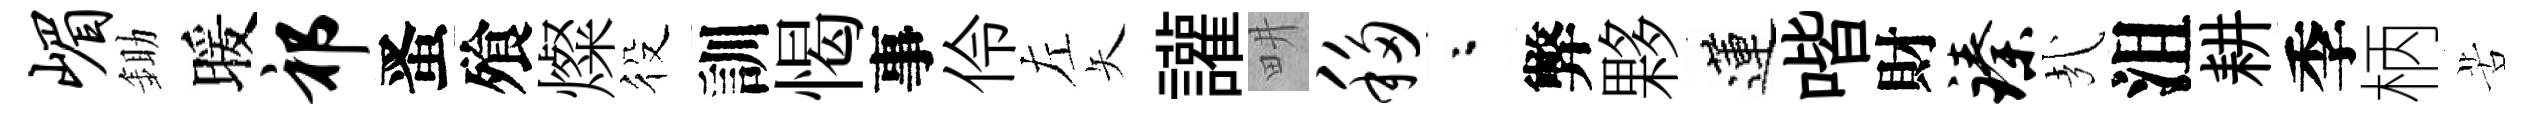
嵋鋤暖祁󱉠飱燦役訓愒事伶左矢讙畊移粉弊夥蓮喈財臻㢤沮耕季柄苦